Sanitation, dispensaries and jails vaccination Rajputana 1922-1927 - 1922-1927
Year: 1922
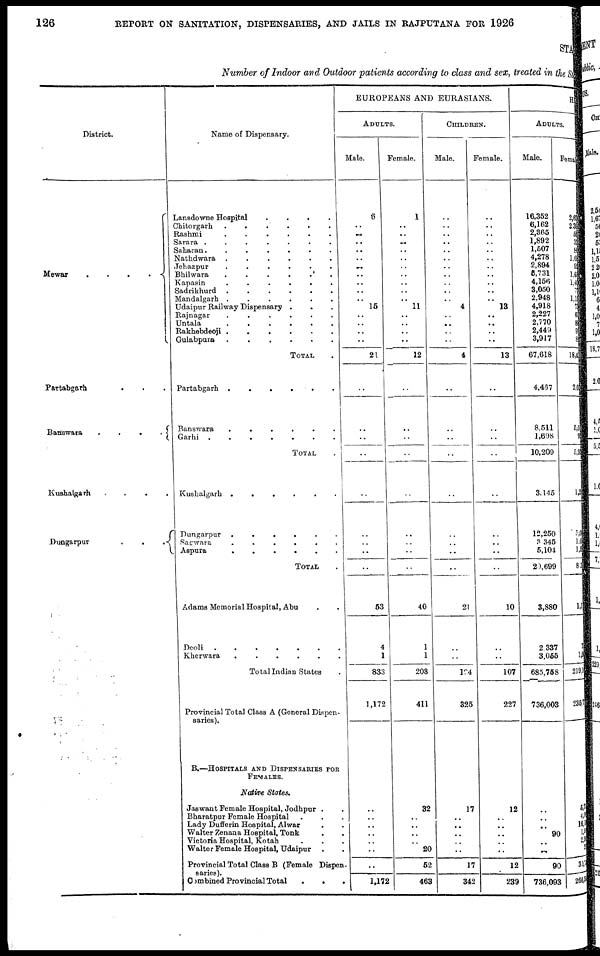
126
REPORT ON SANITATION, DISPENSARIES, AND JAILS IN RAJPUTANA FOR 1926
STATE
Number of Indoor and Outdoor patients according to class and sex, treated in the State
District.
Mewar
.
.
.
.
Partabgarh . . .
Banswara
.
.
.
.
Kushalgarh
. . . .
Dungarpur
.
.
.
Name of Dispensary.
Lansdowne Hospital
.
.
.
.
Chitorgarh
.
.
.
.
.
.
Rashmi . . . . . . .
Sarasra . . . . . . .
Saharan . . . . . . .
Nathdwara . . . . . .
Jehazpur
.
.
.
.
.
.
Bhilwara . . . . . .
Kapasin . . . . . .
Sadrikhurd .
.
.
.
.
.
Mandalgarh .
.
.
.
.
.
Udaipur Railway Dispensary .
. .
Rajnagar
.
.
.
.
.
.
Untala . . . . . .
Rakhebdeoji .
.
.
.
.
.
Gulabpura
.
.
.
.
.
.
TOTAL .
Partabgarh .
.
.
. . .
Banswara
.
.
.
.
.
.
Garhi .
.
.
.
.
.
.
TOTAL .
Kushalgarh .
.
.
.
.
.
Dungarpur .
.
.
.
.
.
Sagwara
.
.
.
.
.
.
Aspura . . . . . .
TOTAL .
Adams Memorial Hospital, Abu . .
Deoli . . . . . . .
Kherwara
.
.
.
.
.
.
Total Indian States .
Provincial Total Class A (General Dispen¬
saries).
B.—HOSPITALS AND DISPENSARIES FOR
FEMALES.
Native States.
Jaswant Female Hospital, Jodhpur . .
Bharatpur Female Hospital . . .
Lady Dufferin Hospital, Alwar . .
Walter Zenana Hospital, Tonk . .
Victoria Hospital, Kotah . . .
Walter Female Hospital, Udaipur . .
Provincial Total Class B (Female Dispen¬
saries).
Combined Provincial Total
.
. .
EUROPEANS AND EURASIANS.
ADULTS.
Male.
6
..
..
..
..
..
..
..
..
..
..
15
..
..
..
..
21
..
..
..
..
..
..
..
..
..
53
4
1
833
1,172
..
..
..
..
..
..
..
1,172
Female.
1
..
.. ..
..
..
..
..
..
..
..
11
..
..
..
..
12
..
..
..
..
..
..
.. ..
..
40
1
1
208
411
32
..
..
..
..
20
52
463
CHILDREN.
Male.
..
..
.. ..
..
..
..
..
..
..
..
4
..
..
..
..
4
..
..
..
..
..
..
.. ..
..
21
..
..
194
325
17
..
..
..
..
..
17
342
Female.
..
..
..
..
..
..
..
..
..
..
..
13
..
..
..
..
13
..
..
..
..
..
..
..
..
..
10
..
..
107
227
12
..
..
..
..
..
12
239
HIN
ADULTS.
Male.
16,352
6,162
2,865
1,892
1,507
4,278
2,894
5,731
4,156
3,050
2,948
4,918
2,227
2,770
2,449
3,917
67,618
4,457
8,511
1,698
10,209
3,145
12,250
3,345
5,104
20,699
3,880
2,337
3,055
685,758
736,003
..
..
..
90
..
..
90
736,093
Female.
2,630
2,395
557
335
80
1, 683
925
1, 680
1,400
770
1, 152
790
653
887
932
862
18,415
2, 034
5,01
92
5, 938
1,262
5,04
1, 69
1, 58
83
1, 1
75
1,66
219,1
236,75
5,73 4, 06
16,1 1,58
2, 96
2
30, 7
266,5